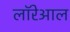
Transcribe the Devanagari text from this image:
लॉरेआल